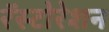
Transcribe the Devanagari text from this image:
रॅस्टोरेशन